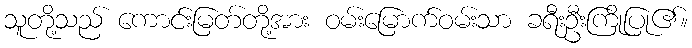
သူတို့သည် ကောင်းမြတ်တို့အား ဝမ်းမြောက်ဝမ်းသာ ခရီးဦးကြိုပြု၏။